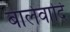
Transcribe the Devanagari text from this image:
बालेवादि